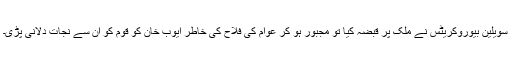
سویلین بیوروکریٹس نے ملک پر قبضہ کیا تو مجبور ہو کر عوام کی فلاح کی خاطر ایوب خان کو قوم کو ان سے نجات دلانی پڑی۔